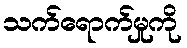
သက်ရောက်မှုကို